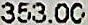
353.00